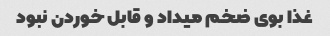
غذا بوی ضخم میداد و قابل خوردن نبود